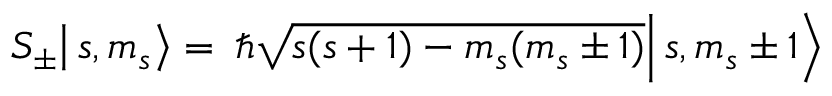
\left. \left. S _ { \pm } \right| s , m _ { s } \right\rangle = \left. \left. \hbar { \sqrt { s ( s + 1 ) - m _ { s } ( m _ { s } \pm 1 ) } } \right| s , m _ { s } \pm 1 \right\rangle